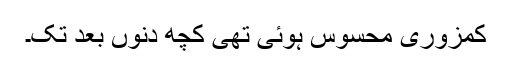
کمزوری محسوس ہوئی تھی کچھ دنوں بعد تک۔